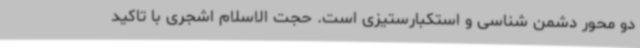
دو محور دشمن شناسی و استکبارستیزی است. حجت الاسلام اشجری با تاکید